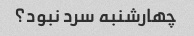
چهارشنبه سرد نبود؟